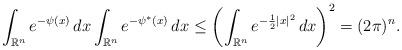
LaTeX: \begin{align*}\int_{\mathbb{R}^n} e^{-\psi(x)}\, dx \int_{\mathbb{R}^n} e^{- \psi^*(x)}\, dx \le \left(\int_{\mathbb{R}^n} e^{- \frac{1}{2} |x|^2}\, dx \right)^2=(2\pi)^n.\end{align*}